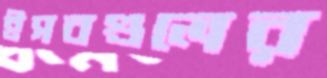
ইসবগুলের